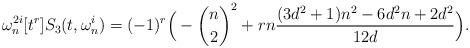
LaTeX: \begin{align*}\omega_n^{2i}[t^r]S_3(t,\omega_n^i ) =(-1)^r \Big( -\binom{n}{2}^2 +r n \frac{(3d^2+1)n^2-6d^2n+2d^2}{12d}\Big).\end{align*}